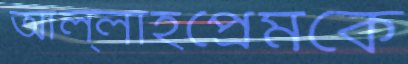
আল্লাহপ্রেমকে